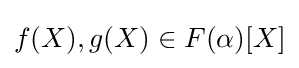
f(X),g(X)\in F(\alpha )[X]